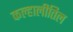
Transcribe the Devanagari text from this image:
कल्हालीतिल